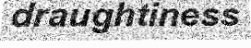
draughtiness